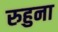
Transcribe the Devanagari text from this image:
रुहुना